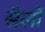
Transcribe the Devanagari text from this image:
सॅलों